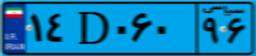
۰۴D۶۷۰۹۳